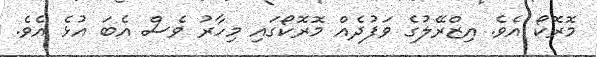
މޮރޮކޯ އެވެ. އިޒްރޭލުގެ ވަފުދެއް މޮރޮކޯގައި މިހާރު ވެސް އެބަ އުޅެ އެވެ.